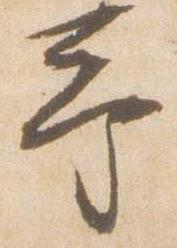
予